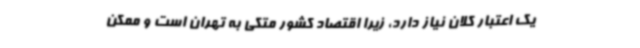
یک اعتبار کلان نیاز دارد، زیرا اقتصاد کشور متکی به تهران است و ممکن